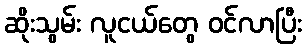
ဆိုးသွမ်း လူငယ်တွေ ဝင်လာပြီး